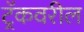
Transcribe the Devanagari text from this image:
ट्रॅकवरील